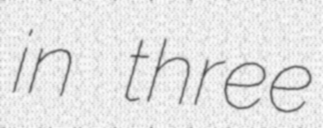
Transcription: in three